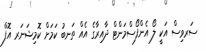
ސަރވިސް އަކީ ލޯ އެންފޯސްމަންޓް ދާއިރާގެ އެއް ތަނބު ކަމަށް ކޮމިޝަނަރ އޮފް